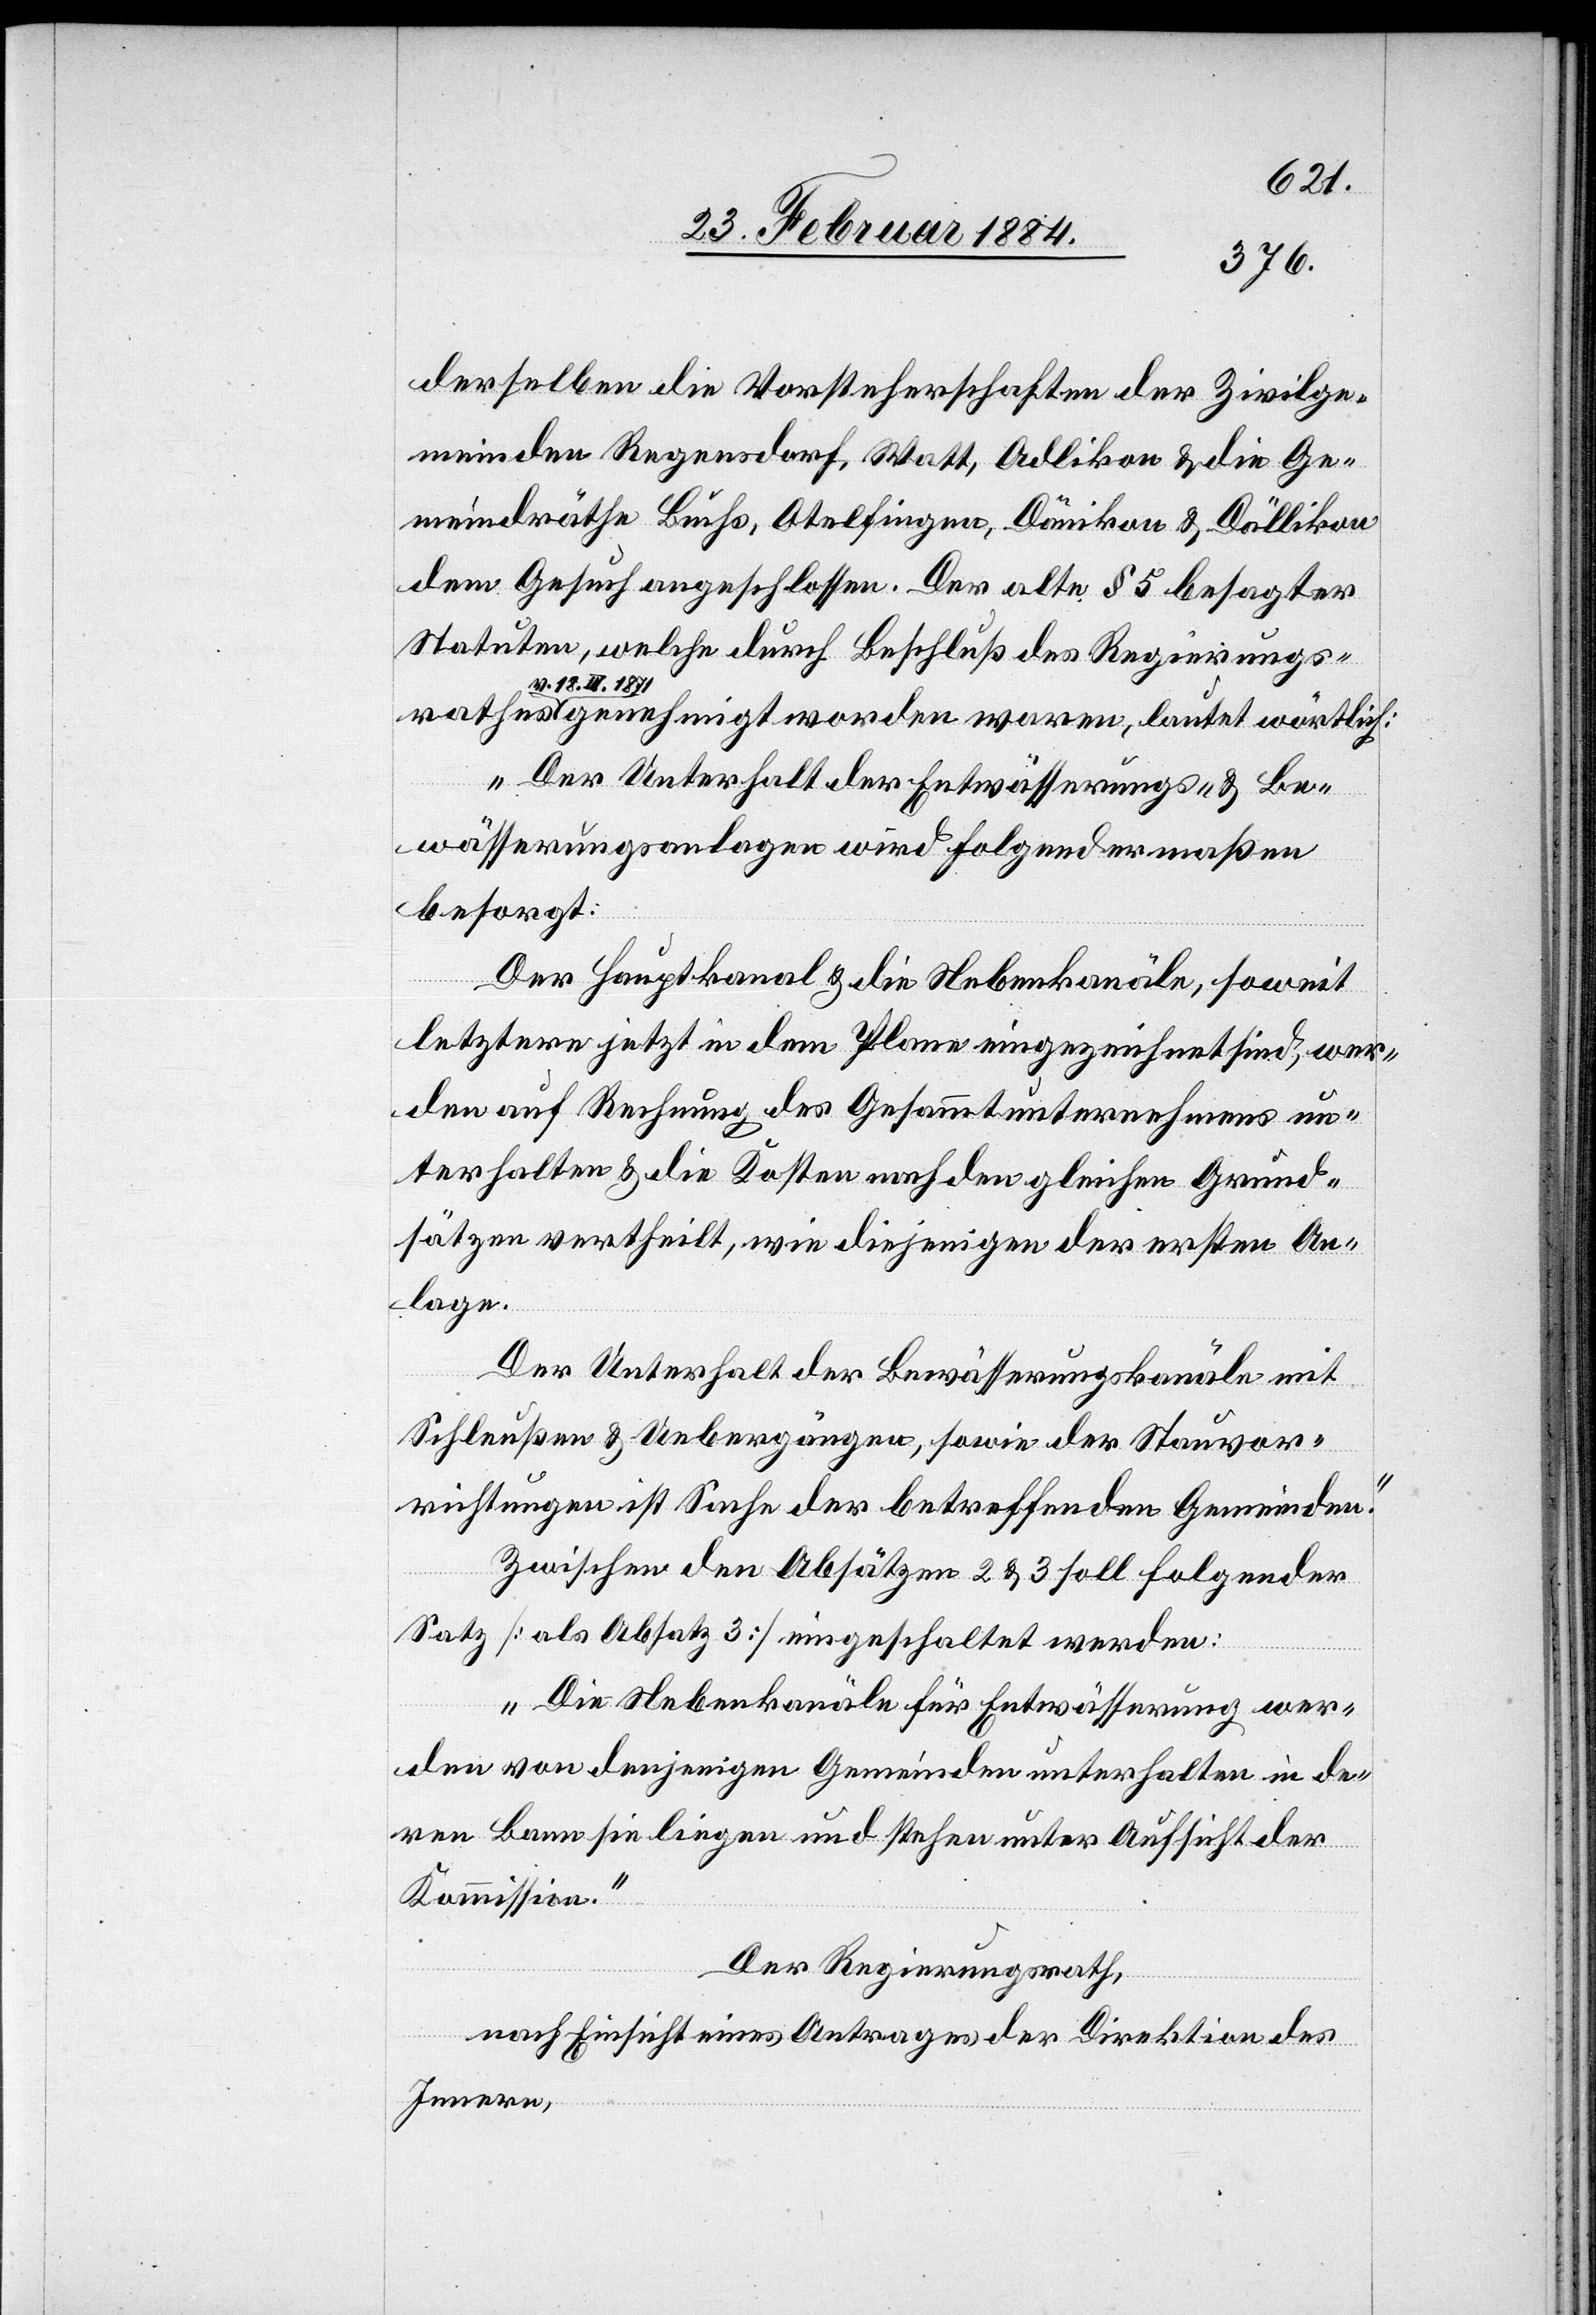
derselben die Vorsteherschaften der Zivilge¬
meinden Regensdorf, Watt, Adlikon, & die Ge¬
meindräthe Buchs, Otelfingen, Dänikon & Dällikon
dem Gesuch angeschlossen. Der alte § 5 besagter
Statuten, welche durch Beschluß des Regierungs¬
v. 18.
IX.
genehmigt worden waren, lautet wörtlich:
„Der Unterhalt der Entwässerungs- & Be¬
wässerungsanlagen wird folgendermaßen
besorgt:
Der Hauptkanal & die Nebenkanäle, soweit
letztere jetzt in dem Plane eingezeichnet sind, wer¬
den auf Rechnung des Gesammtunternehmens un¬
terhalten & die Kosten nach den gleichen Grund¬
sätzen vertheilt, wie diejenigen der ersten An¬
lage.
Der Unterhalt der Bewässerungskanäle mit
Schleußen & Uebergängen, sowie der Stauvor¬
richtungen ist Sache der betreffenden Gemeinden.“
Zwischen den Absätzen 2 & 3 soll folgender
Satz [als Absatz 3] eingeschaltet werden:
„Die Nebenkanäle für Entwässerung wer¬
den von denjenigen Gemeinden unterhalten in de¬
ren Bann sie liegen und stehen unter Aufsicht der
Kommission.“
Der Regierungsrath,
rathes
nach Einsicht eines Antrages der Direktion des
Innern,